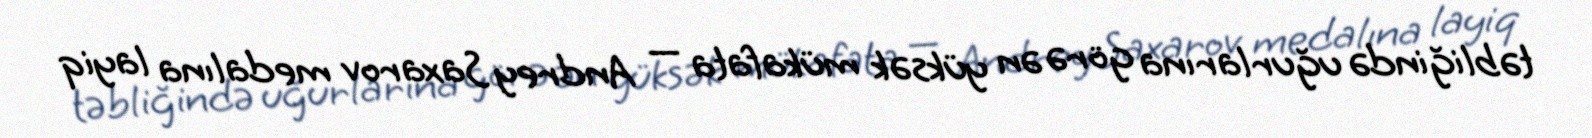
təbliğində uğurlarına görə ən yüksək mükafata — Andrey Saxarov medalına layiq